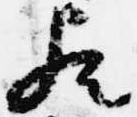
歟